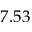
7 . 5 3